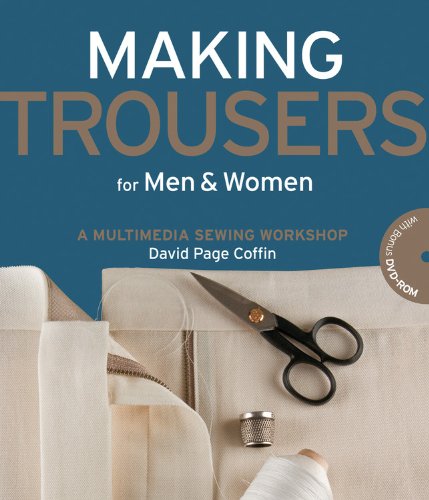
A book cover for Making Trousers for Men & Women: A Multimedia Sewing Workshop; David Page Coffin; Crafts, Hobbies & Home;